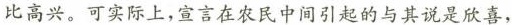
比高兴。可实际上，宣言在农民中间引起的与其说是欣喜，